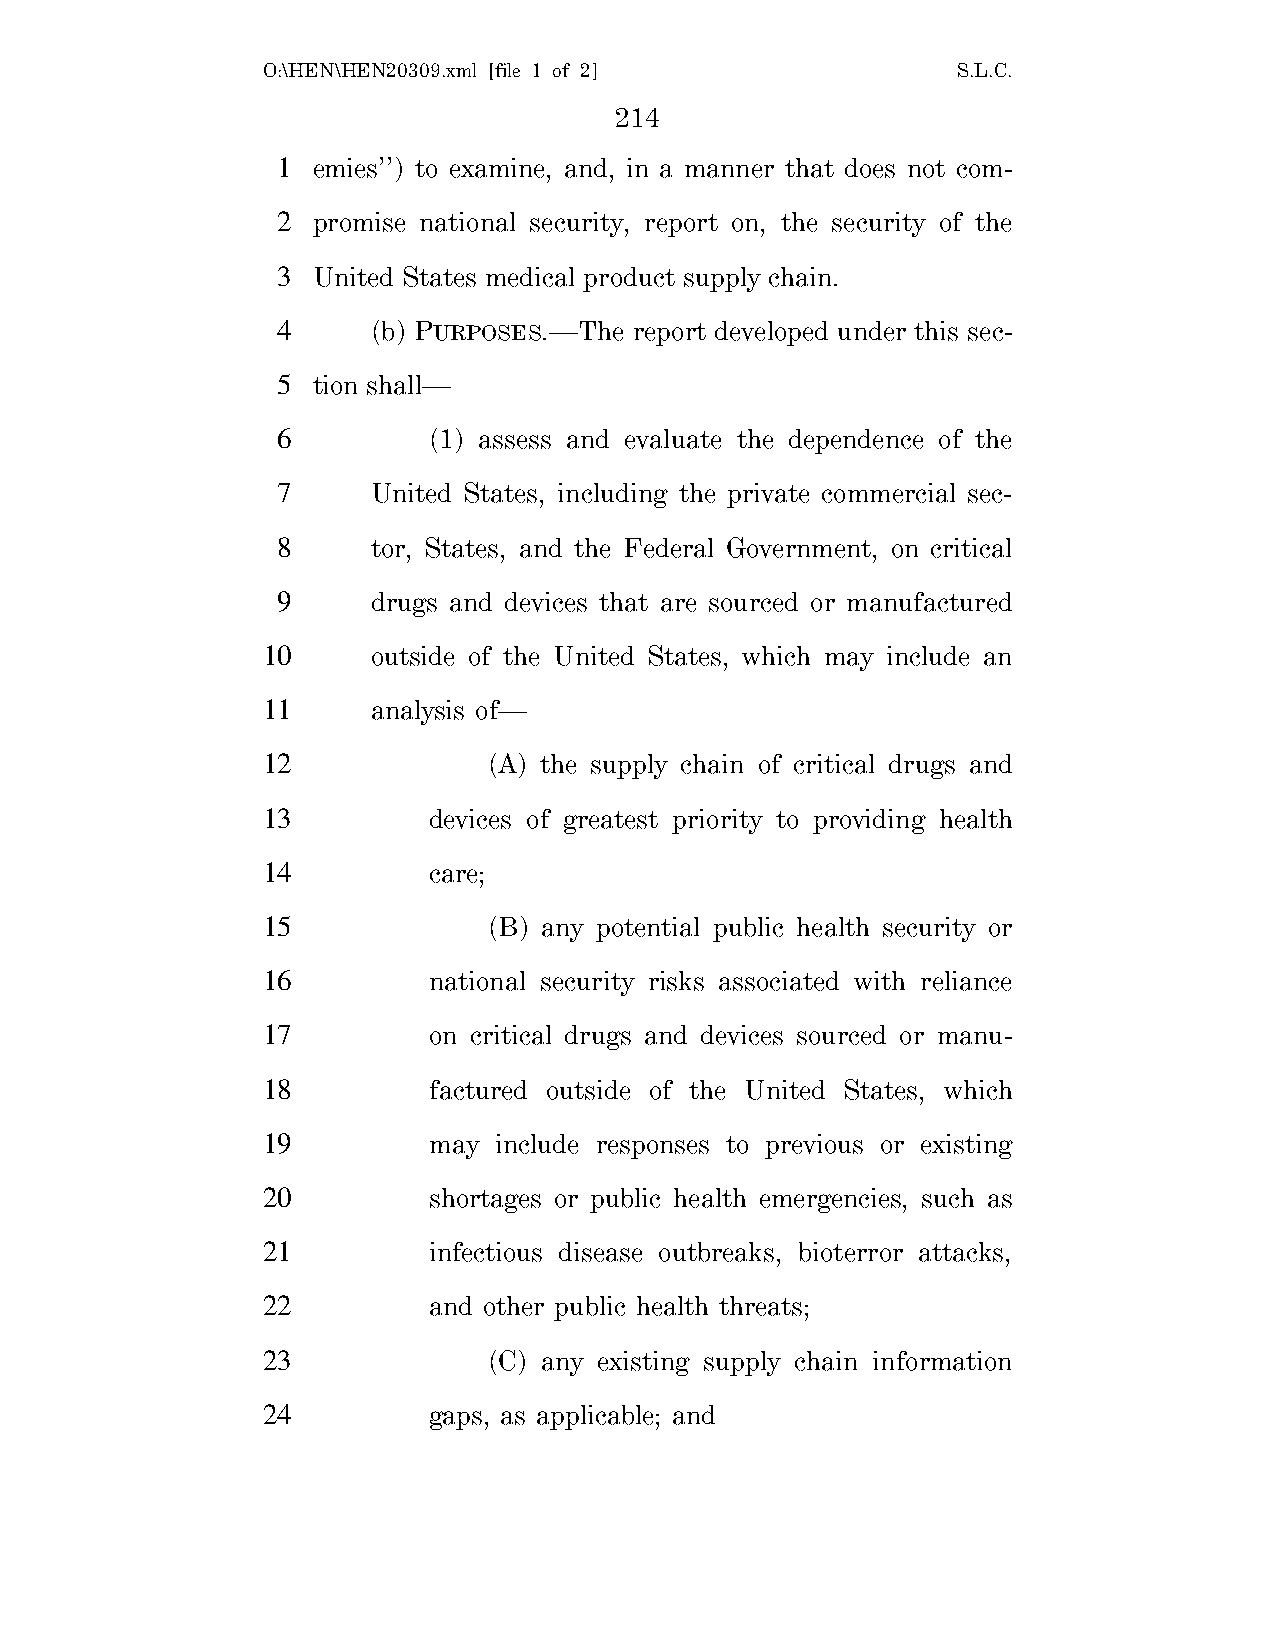
O:\HEN\HEN20309.xml [file 1 of 2]             S.L.C.
 214
 1  emies’’) to examine, and, in a manner that does not com-
 2  promise national security, report on, the security of the
 3  United States medical product supply chain.
 4      (b) PURPOSES.—The report developed under this sec-
 5  tion shall—
 6         (1) assess and evaluate the dependence of the
 7      United States, including the private commercial sec-
 8      tor, States, and the Federal Government, on critical
 9      drugs and devices that are sourced or manufactured
 10      outside of the United States, which may include an
 11      analysis of—
 12             (A) the supply chain of critical drugs and
 13         devices of greatest priority to providing health
 14         care;
 15             (B) any potential public health security or
 16         national security risks associated with reliance
 17         on critical drugs and devices sourced or manu-
 18         factured outside of the United States, which
 19         may  include responses to previous or existing
 20         shortages or public health emergencies, such as
 21         infectious disease outbreaks, bioterror attacks,
 22         and other public health threats;
 23             (C) any existing supply chain information
 24         gaps, as applicable; and